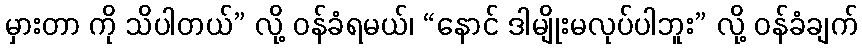
မှားတာ ကို သိပါတယ်” လို့ ဝန်ခံရမယ်၊ “နောင် ဒါမျိုးမလုပ်ပါဘူး” လို့ ဝန်ခံချက်